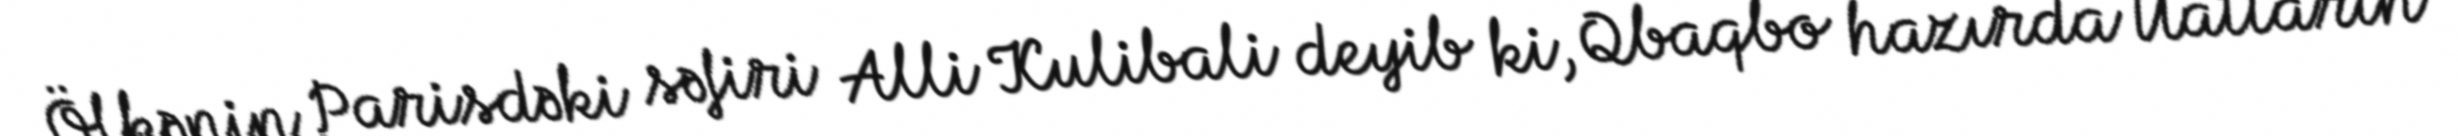
Ölkənin Parisdəki səfiri Alli Kulibali deyib ki, Qbaqbo hazırda Uattarın